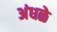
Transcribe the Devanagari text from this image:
अंधळे